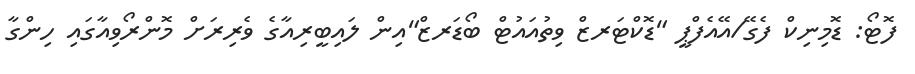
ފޮޓޯ: ޑޮމިނިކް ފެގޭ/އޭއެފްޕީ "ޑޮކްޓަރޒް ވިތުއައުޓް ބޯޑަރޒް"އިން ލައިބީރިއާގެ ވެރިރަށް މޮންރޯވިއާގައި ހިންގާ